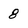
Character: 8